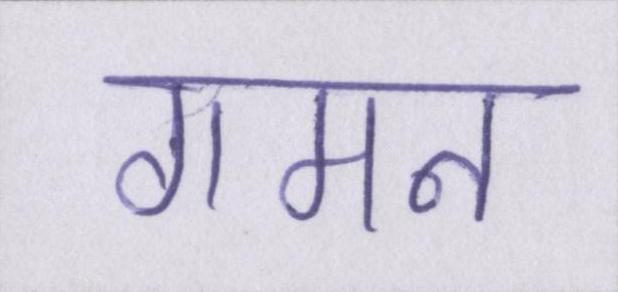
गमन